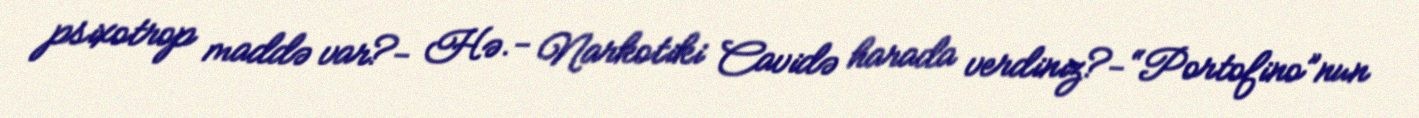
psixotrop maddə var?- Hə.- Narkotiki Cavidə harada verdiniz?- “Portofino”nun